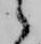
候